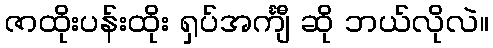
ဇာထိုးပန်းထိုး ရှပ်အင်္ကျီ ဆို ဘယ်လိုလဲ။